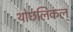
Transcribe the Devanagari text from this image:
थोछलिकल्